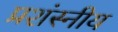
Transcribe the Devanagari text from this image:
प्रशंस्नीय